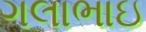
ગલાભાઇ